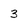
Character: 3